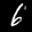
Label: 6